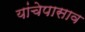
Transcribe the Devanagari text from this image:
यांचेपासाव